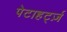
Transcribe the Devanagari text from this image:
पेटाहर्ट्ज़